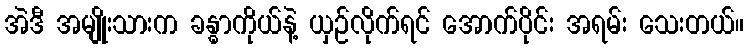
အဲဒီ အမျိုးသားက ခန္ဓာကိုယ်နဲ့ ယှဉ်လိုက်ရင် အောက်ပိုင်း အရမ်း သေးတယ်။